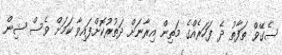
ސެގޭވް ތަފާތު ދެ ފަހަރެއްގެ މަތިން އިރާނަށް ދަތުރުކޮށްފައިވާ ކަމަށް ވެސް ޝިން